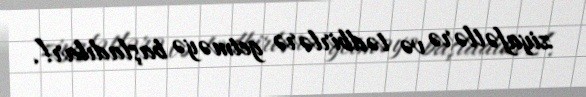
ziyafətlərə və tədbirlərə getməyə başladılar!.